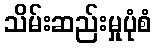
သိမ်းဆည်းမှုပုံစံ